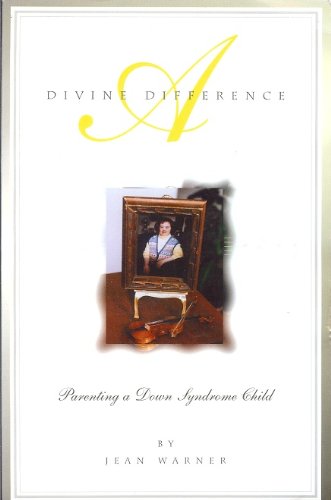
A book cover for A Divine Difference: Parenting a Down Syndrome Child; Health, Fitness & Dieting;